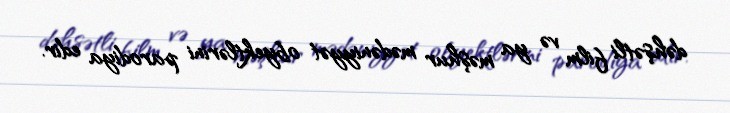
dəhşətli film və ya məşhur mədəniyyət obyektlərini parodiya edir.